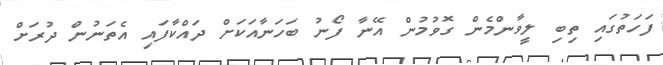
ފަހަތުގައި ތިބި ލީވާންމެން ގޮވުމުން އޭނާ ފޯނު ބަހަނާއަކަށް ދައްކާފައި އެތަނުން ދުރަށް